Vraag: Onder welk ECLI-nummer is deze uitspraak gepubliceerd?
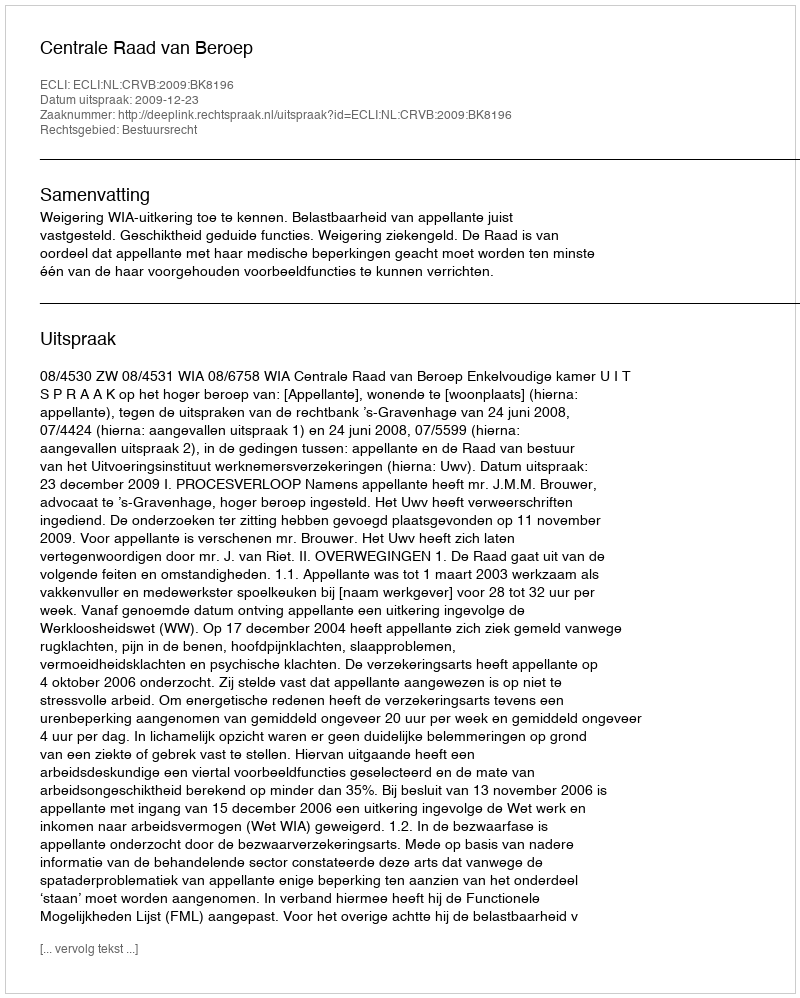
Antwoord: ECLI:NL:CRVB:2009:BK8196